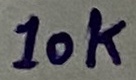
Text: 10k